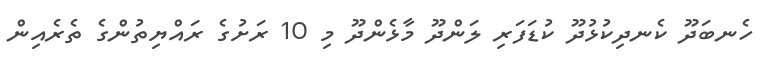
ހެނބަދޫ ކެނދިކުޅުދޫ ކުޑަފަރި ލަންދޫ މާޅެންދޫ މި 10 ރަށުގެ ރައްޔިތުންގެ ތެރެއިން